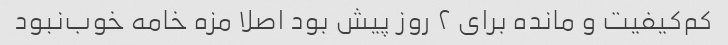
کم‌کیفیت‌ و مانده برای ۲ روز پیش بود اصلا مزه خامه خوب‌نبود